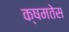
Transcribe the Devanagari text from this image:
क्षमतेस